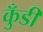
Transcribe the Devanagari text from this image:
कुँडी